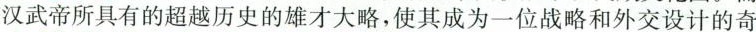
汉武帝所具有的超越历史的雄才大略，使其成为一位战略和外交设计的奇